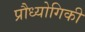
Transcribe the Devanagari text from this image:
प्रौध्योगिकी